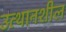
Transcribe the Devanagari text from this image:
उत्थानशील